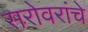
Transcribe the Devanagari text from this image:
सरोवरांचे